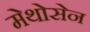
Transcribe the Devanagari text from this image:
मेथोसेन